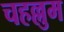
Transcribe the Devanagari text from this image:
चहल्लुम